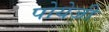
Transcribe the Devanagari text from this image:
पोयेजी